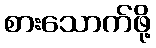
စားသောက်ဖို့